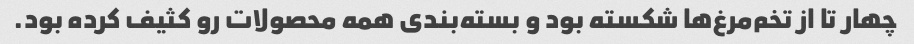
چهار تا از تخم‌مرغ‌ها شکسته بود و بسته‌بندی همه محصولات رو کثیف کرده بود.